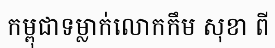
កម្ពុជាទម្លាក់លោកកឹម សុខា ពី